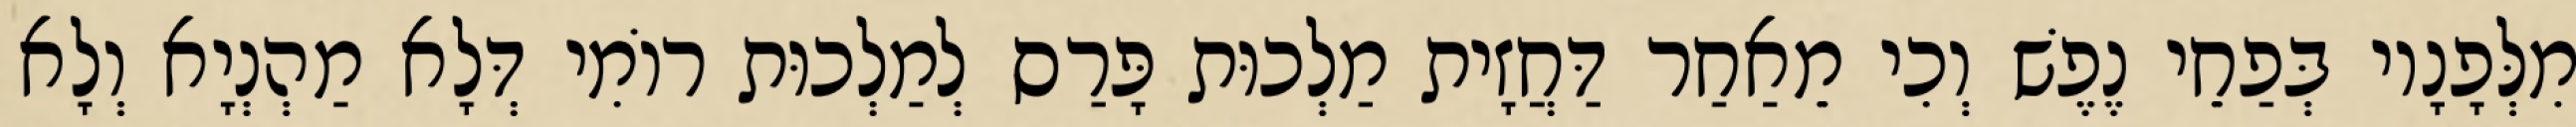
מִלְּפָנָיו בְּפַחֵי נֶפֶשׁ וְכִי מֵאַחַר דַּחֲזָית מַלְכוּת פָּרַס לְמַלְכוּת רוֹמִי דְּלָא מַהְנְיָא וְלָא